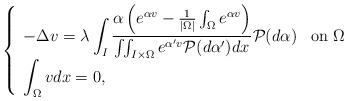
LaTeX: \begin{align*}\left\{\begin{array}{ll}\displaystyle -\Delta v=\lambda \int_I \frac{\alpha \left(e^{\alpha v}-\frac{1}{|\Omega|}\int_\Omega e^{\alpha v}\right)}{\iint_{I\times \Omega} e^{\alpha' v} {\cal P}(d\alpha')dx} {\cal P}(d\alpha) & \mbox{on $\Omega$} \\\displaystyle \int_\Omega vdx=0, &\end{array}\right.\end{align*}